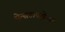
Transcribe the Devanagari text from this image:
सेन्सटायझेशन